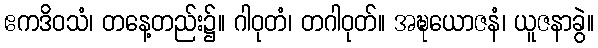
ဧကဒိဝသံ၊ တနေ့တည်း၌။ ဂါဝုတံ၊ တဂါဝုတ်။ အဍ္ဎယောဇနံ၊ ယူဇနာခွဲ။